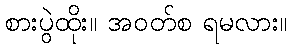
စားပွဲထိုး။ အဝတ်စ ရမလား။